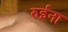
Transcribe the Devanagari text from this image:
रुईना